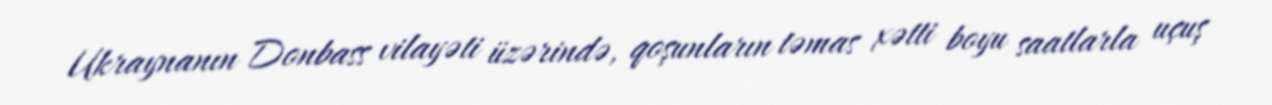
Ukraynanın Donbass vilayəti üzərində, qoşunların təmas xətti boyu saatlarla uçuş